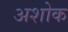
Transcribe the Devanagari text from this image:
अशोक